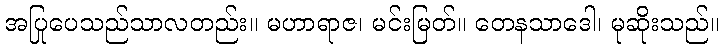
အပြုပေသည်သာလတည်း။ မဟာရာဇ၊ မင်းမြတ်။ တေနသာဒေါ၊ မုဆိုးသည်။